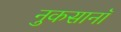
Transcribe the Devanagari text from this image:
नुकसानॉ